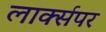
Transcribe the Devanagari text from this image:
लार्क्सपर